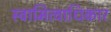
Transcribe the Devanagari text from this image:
स्वामित्वाधिकार